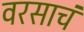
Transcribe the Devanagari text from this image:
वरसाचं